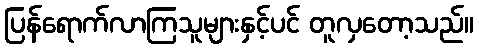
ပြန်ရောက်လာကြသူများနှင့်ပင် တူလှတော့သည်။